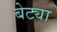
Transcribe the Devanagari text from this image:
बेट्या